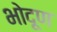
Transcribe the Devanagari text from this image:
भोदूण